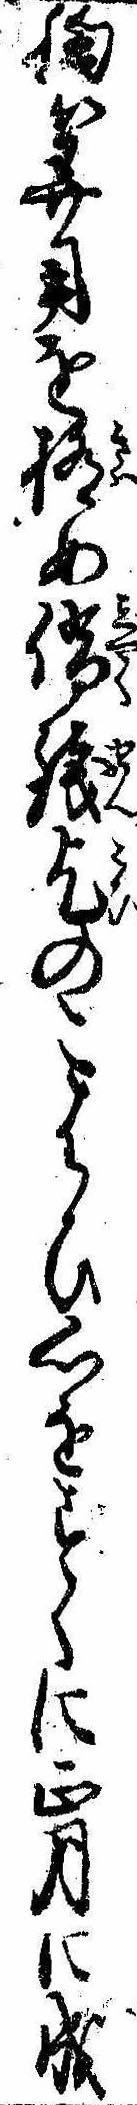
胸算用を極め借銭乞のこはひ心をすくに正月に成